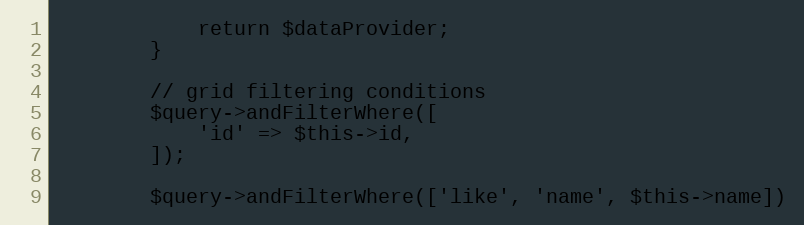
Language: PHP
            return $dataProvider;
        }

        // grid filtering conditions
        $query->andFilterWhere([
            'id' => $this->id,
        ]);

        $query->andFilterWhere(['like', 'name', $this->name])